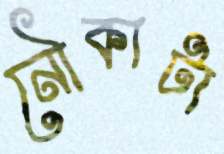
নৌকাটা